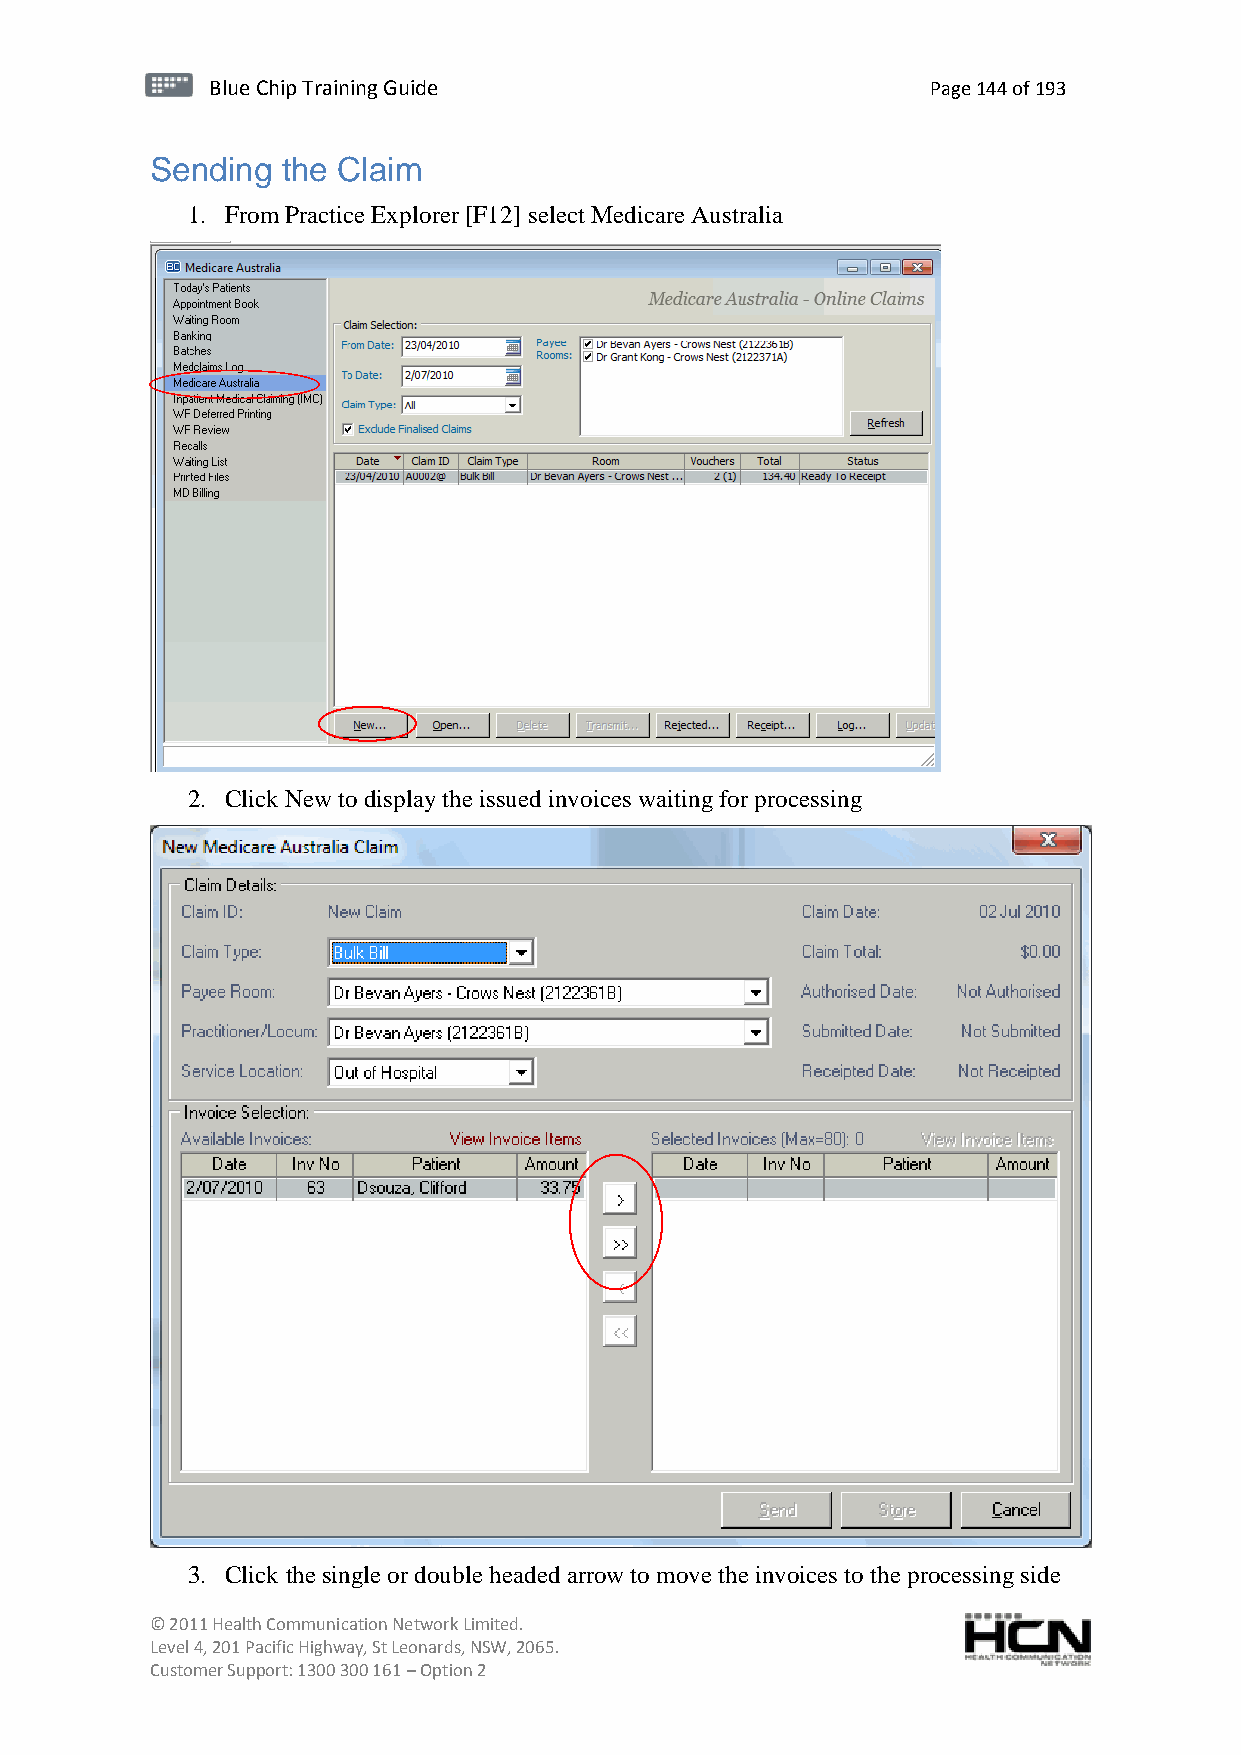
BBlluuee C Chihpi pTr Tairnainingi Gnugi dGeu ide Page 144 of 193
 Sending  the Claim
 1. From Practice Explorer [F12] select Medicare Australia
 2. Click New to display the issued invoices waiting for processing
 3. Click the single or double headed arrow to move the invoices to the processing side
 © 2011 Health Communication Network Limited.
 Level 4, 201 Pacific Highway, St Leonards, NSW, 2065.
 Customer Support: 1300 300 161 – Option 2